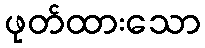
ဖုတ်ထားသော